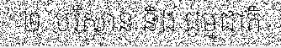
២. បរិស្ថាន និង ធម្មជាតិ